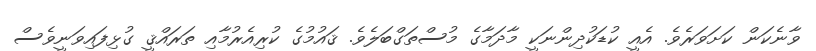
ވާނެކަން ކަށަވަރެވެ. އެއީ ކުޑަކުދިންނަކީ މާދަމާގެ މުސްތަގްބަލެވެ. ޤައުމުގެ ކުރިއެރުމާއި ތަރައްޤީ ގުޅިފައިވަނީވެސް